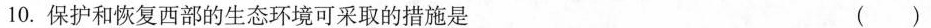
10.保护和恢复西部的生态环境可采取的措施是 ()